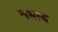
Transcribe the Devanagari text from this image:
यमाय